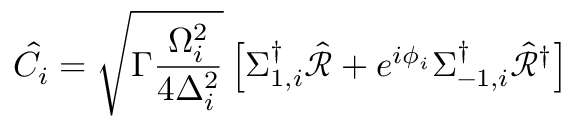
\hat { C } _ { i } = \sqrt { \Gamma \frac { \Omega _ { i } ^ { 2 } } { 4 \Delta _ { i } ^ { 2 } } } \left[ \Sigma _ { 1 , i } ^ { \dag } \hat { \mathcal { R } } + e ^ { i \phi _ { i } } \Sigma _ { - 1 , i } ^ { \dag } \hat { \mathcal { R } } ^ { \dag } \right]